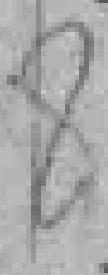
8